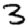
Digit: 3